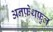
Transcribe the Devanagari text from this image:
अनफ़ेथफ़ुल